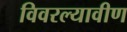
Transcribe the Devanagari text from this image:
विवरल्यावीण